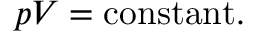
p V = \mathrm { c o n s t a n t } . \,